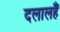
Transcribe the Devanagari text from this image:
दलालहैं